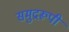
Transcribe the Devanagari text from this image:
समुद्ररूपी